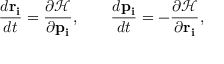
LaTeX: { \frac { d \mathbf { r _ { i } } } { d t } } = { \frac { \partial { \mathcal { H } } } { \partial \mathbf { p _ { i } } } } , \qquad { \frac { d \mathbf { p _ { i } } } { d t } } = - { \frac { \partial { \mathcal { H } } } { \partial \mathbf { r _ { i } } } } ,